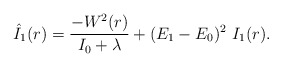
\begin{align*}\hat{I}_1 (r) = \frac{-W^2(r)}{I_0+\lambda } +(E_1-E_0)^2{}~I_1(r).\end{align*}